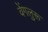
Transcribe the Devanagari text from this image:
वेंगलुरू